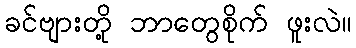
ခင်ဗျားတို့ ဘာတွေစိုက် ဖူးလဲ။